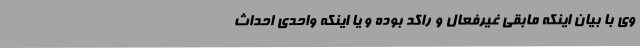
وی با بیان اینکه مابقی غیرفعال و راکد بوده و یا اینکه واحدی احداث